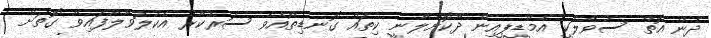
ދެން އޮތް ސުވާލަކީ އެމްޑީޕީއިން ދޫކޮށްލާނީ ކިތައް ގޮނޑިތޯއެވެ ސަރުކާރު އެކުލަވާލާފައިވާ ގޮތަށް